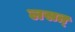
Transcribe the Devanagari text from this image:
लसत्